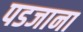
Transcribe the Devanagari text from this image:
पडजाना